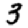
Digit: 3